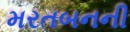
મરતબનની